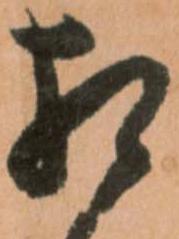
相